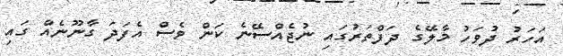
އަހަރު ދުވަހު މާލޭގެ ދަފްތަރުގައި ނުޖެއްސޭނެ ކަން ވެސް އެފަދަ ގާނޫނެއް ގައި